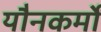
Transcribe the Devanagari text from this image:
यौनकर्मों